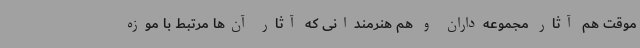
موقت هم آثار مجموعه‌داران و هم هنرمندانی که آثار آن‌ها مرتبط با موزه